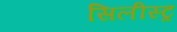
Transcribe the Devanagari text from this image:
सिलीस्ट्र